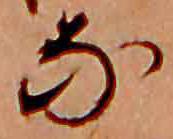
な